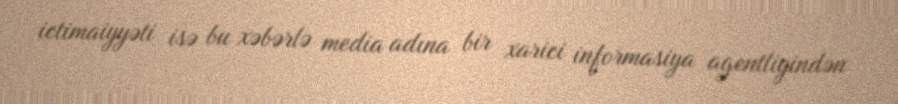
ictimaiyyəti isə bu xəbərlə media adına bir xarici informasiya agentliyindən